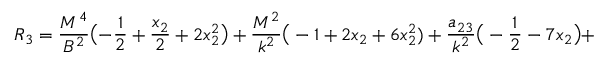
R _ { 3 } = \frac { M ^ { 4 } } { B ^ { 2 } } \bigl ( - \frac { 1 } { 2 } + \frac { x _ { 2 } } { 2 } + 2 x _ { 2 } ^ { 2 } \bigr ) + \frac { M ^ { 2 } } { k ^ { 2 } } \big ( - 1 + 2 x _ { 2 } + 6 x _ { 2 } ^ { 2 } ) + \frac { a _ { 2 3 } } { k ^ { 2 } } \big ( - \frac { 1 } { 2 } - 7 x _ { 2 } \big ) +